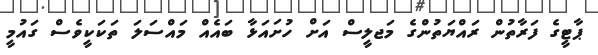
ޕާޓީގެ ފަރާތުން ރައްޔަތުންގެ މަޖލީސް އަށް ހުށައަޅާ ބައެއް މައްސަލަ ތަކަކީވެސް ގައުމީ